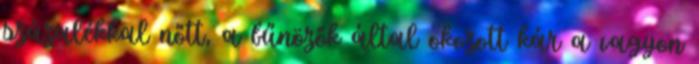
százalékkal nőtt, a bűnözők által okozott kár a vagyon